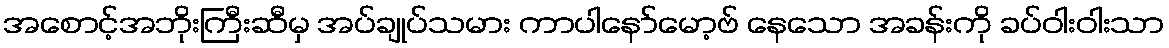
အစောင့်အဘိုးကြီးဆီမှ အပ်ချုပ်သမား ကာပါနော်မော့ဗ် နေသော အခန်းကို ခပ်ဝါးဝါးသာ